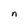
Character: n